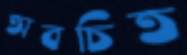
অবচিত